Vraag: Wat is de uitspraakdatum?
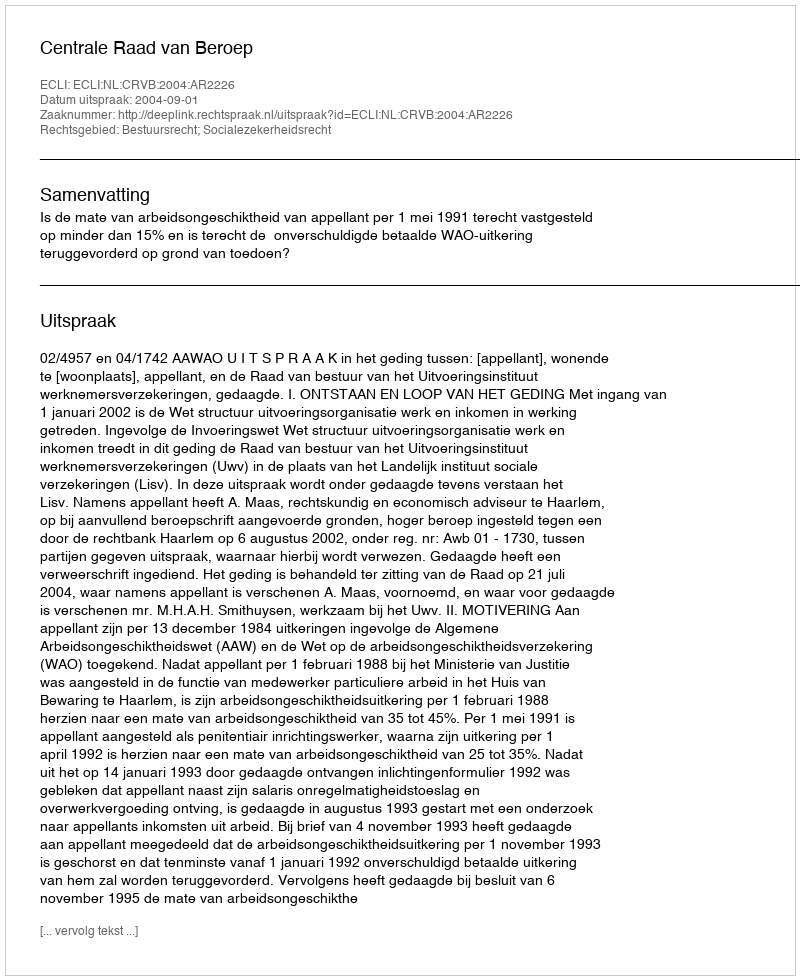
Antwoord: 2004-09-01